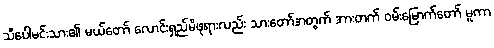
သီပေါမင်းသား၏ မယ်တော် လောင်းရှည်မိဖုရားလည်း သားတော်အတွက် အားတက် ဝမ်းမြောက်တော် မူကာ